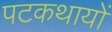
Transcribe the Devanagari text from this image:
पटकथायों